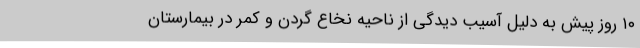
۱۰ روز پیش به دلیل آسیب دیدگی از ناحیه نخاع گردن و کمر در بیمارستان